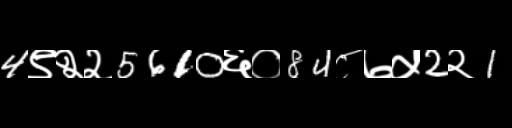
Text: 4९२२5610६०84८७५2२1